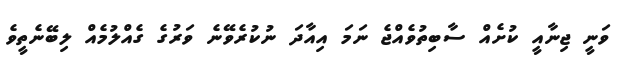
ވަނީ ޖިނާއީ ކުށެއް ސާބިތުވެއްޖެ ނަމަ އިއާދަ ނުކުރެވޭނެ ވަރުގެ ގެއްލުމެއް ލިބޭނެތީވެ